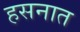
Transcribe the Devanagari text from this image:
हसनात